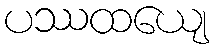
ပဿထယျေ